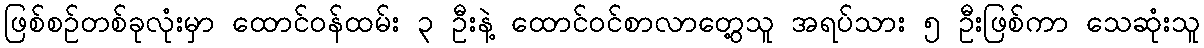
ဖြစ်စဉ်တစ်ခုလုံးမှာ ထောင်ဝန်ထမ်း ၃ ဦးနဲ့ ထောင်ဝင်စာလာတွေ့သူ အရပ်သား ၅ ဦးဖြစ်ကာ သေဆုံးသူ